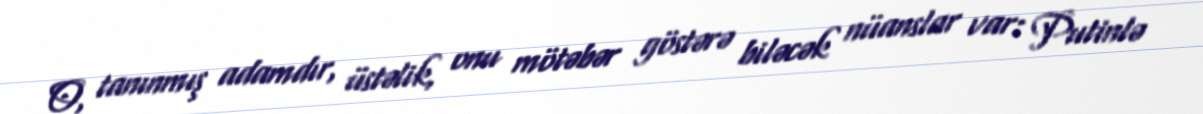
O, tanınmış adamdır, üstəlik, onu mötəbər göstərə biləcək nüanslar var: Putinlə